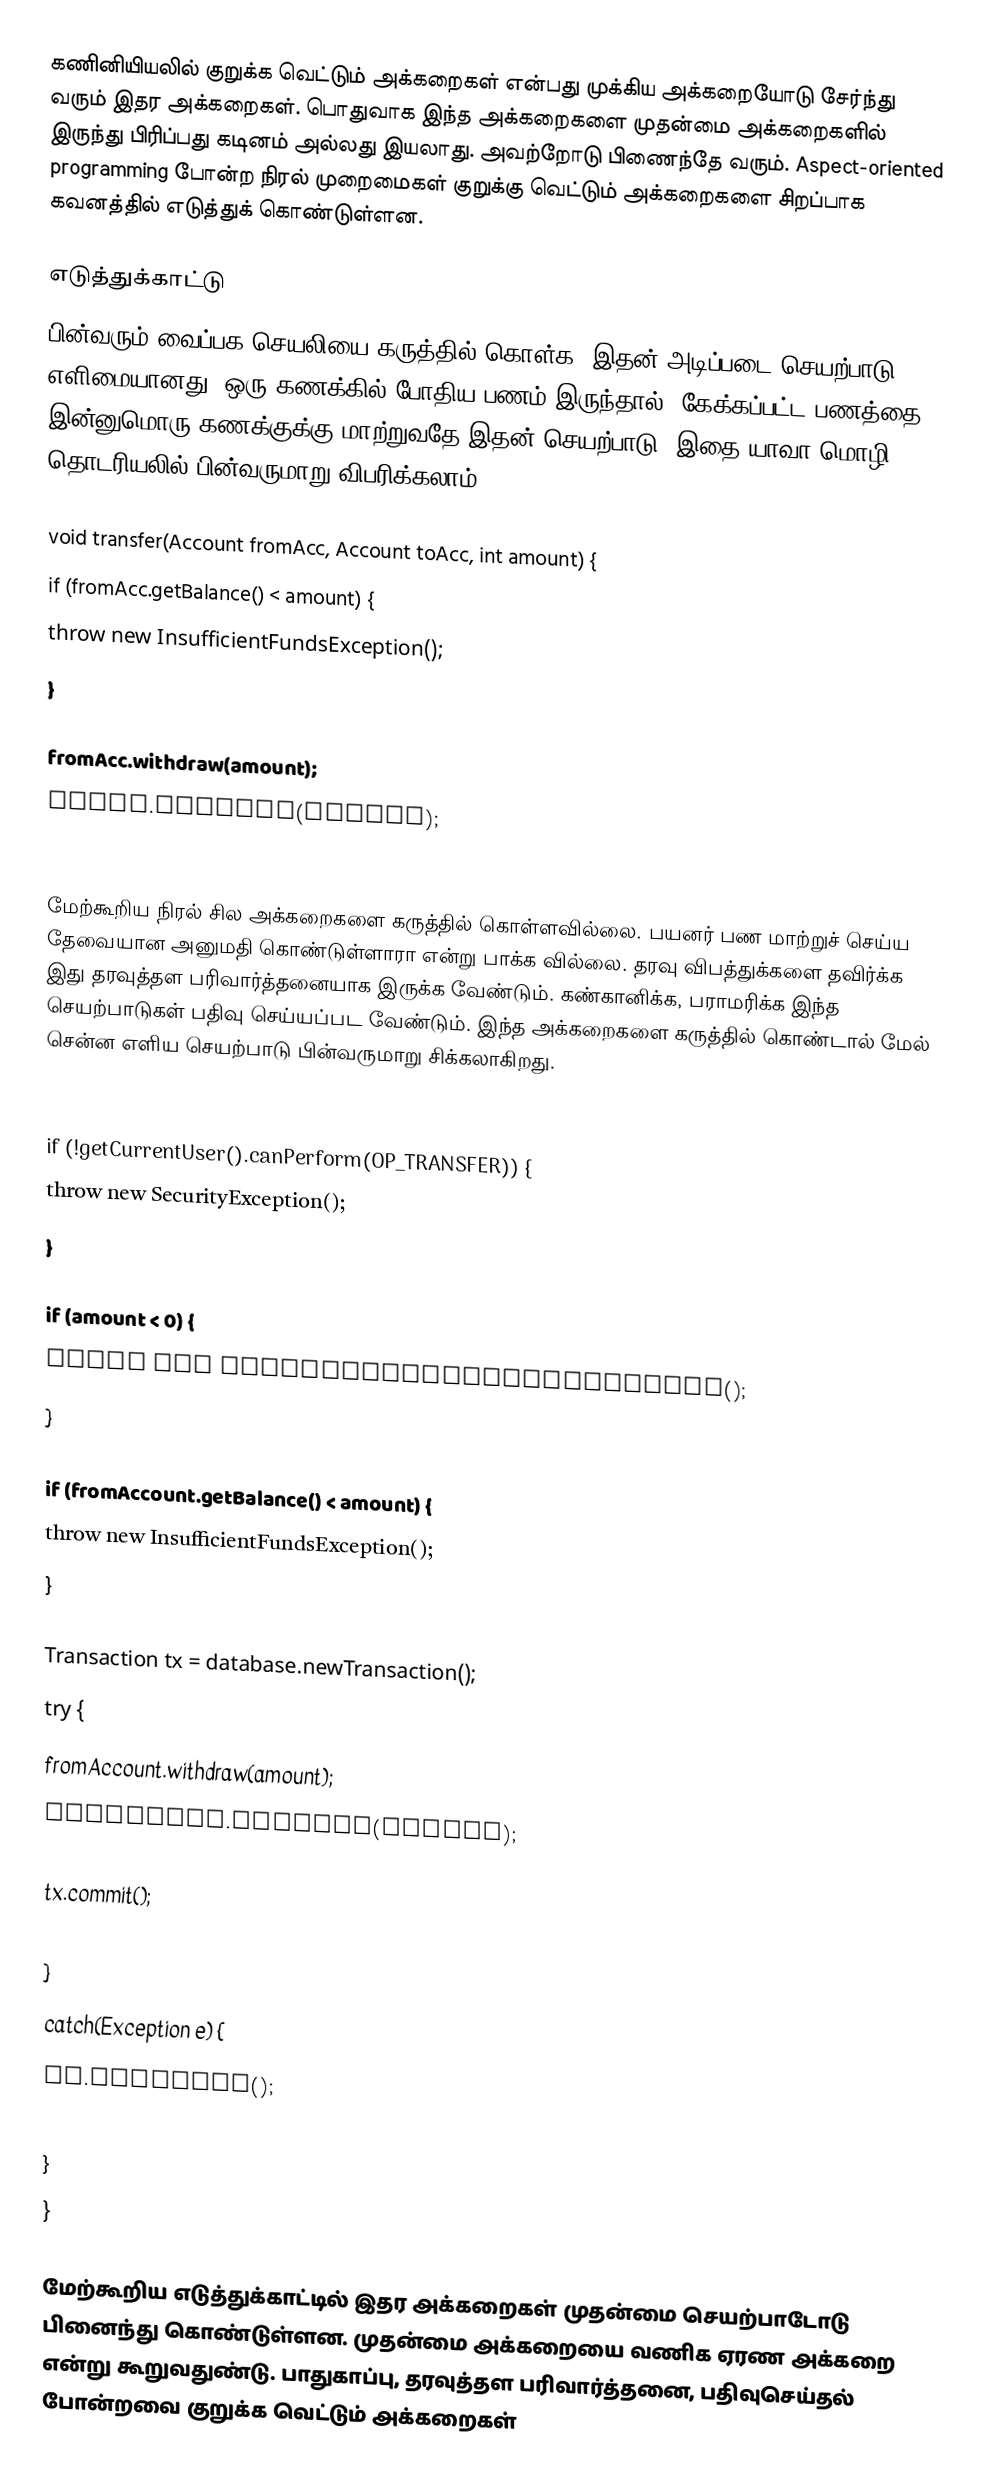
கணினியியலில் குறுக்க வெட்டும் அக்கறைகள் என்பது முக்கிய அக்கறையோடு சேர்ந்து வரும் இதர அக்கறைகள். பொதுவாக இந்த அக்கறைகளை முதன்மை அக்கறைகளில் இருந்து பிரிப்பது கடினம் அல்லது இயலாது. அவற்றோடு பிணைந்தே வரும். Aspect-oriented programming போன்ற நிரல் முறைமைகள் குறுக்கு வெட்டும் அக்கறைகளை சிறப்பாக கவனத்தில் எடுத்துக் கொண்டுள்ளன.

எடுத்துக்காட்டு
பின்வரும் வைப்பக செயலியை கருத்தில் கொள்க. இதன் அடிப்படை செயற்பாடு எளிமையானது. ஒரு கணக்கில் போதிய பணம் இருந்தால், கேக்கப்பட்ட பணத்தை இன்னுமொரு கணக்குக்கு மாற்றுவதே இதன் செயற்பாடு. இதை யாவா மொழி தொடரியலில் பின்வருமாறு விபரிக்கலாம்.

 void transfer(Account fromAcc, Account toAcc, int amount) {
   if (fromAcc.getBalance() < amount) {
     throw new InsufficientFundsException();
   }

   fromAcc.withdraw(amount);
   toAcc.deposit(amount);
 }

மேற்கூறிய நிரல் சில அக்கறைகளை கருத்தில் கொள்ளவில்லை. பயனர் பண மாற்றுச் செய்ய தேவையான அனுமதி கொண்டுள்ளாரா என்று பாக்க வில்லை. தரவு விபத்துக்களை தவிர்க்க இது தரவுத்தள பரிவார்த்தனையாக இருக்க வேண்டும். கண்கானிக்க, பராமரிக்க இந்த செயற்பாடுகள் பதிவு செய்யப்பட வேண்டும். இந்த அக்கறைகளை கருத்தில் கொண்டால் மேல் சென்ன எளிய செயற்பாடு பின்வருமாறு சிக்கலாகிறது.

 void transfer(Account fromAccount, Account toAccount, int amount) throws Exception {
   if (!getCurrentUser().canPerform(OP_TRANSFER)) {
     throw new SecurityException();
   }

   if (amount < 0) {
     throw new NegativeTransferException();
   }

   if (fromAccount.getBalance() < amount) {
     throw new InsufficientFundsException();
   }

   Transaction tx = database.newTransaction();
   try {
      fromAccount.withdraw(amount);
      toAccount.deposit(amount);

      tx.commit();
      systemLog.logOperation(OP_TRANSFER, fromAccount, toAccount, amount);
   }
   catch(Exception e) {
      tx.rollback();
      throw e;
   }
 }

மேற்கூறிய எடுத்துக்காட்டில் இதர அக்கறைகள் முதன்மை செயற்பாடோடு பினைந்து கொண்டுள்ளன. முதன்மை அக்கறையை வணிக ஏரண அக்கறை என்று கூறுவதுண்டு. பாதுகாப்பு, தரவுத்தள பரிவார்த்தனை, பதிவுசெய்தல் போன்றவை குறுக்க வெட்டும் அக்கறைகள்